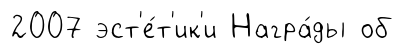
2007 эст'е́т'ик'и Награ́ды об